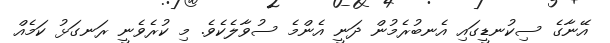
އޭނާގެ ސިކުނޑީގައި އެނބުރެމުން ދަނީ އެންމެ ސުވާލެކެވެ. މި ކުރެވެނީ ރަނގަޅު ކަމެއް